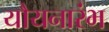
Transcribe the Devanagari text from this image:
यौयनारंभ